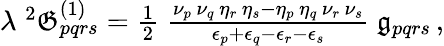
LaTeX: \begin{array}{r}{\lambda\; ^{2}\mathfrak{G}_{pqrs}^{(1)}=\frac{1}{2}\; \frac{\nu_{p}\, \nu_{q}\, \eta_{r}\, \eta_{s}-\eta_{p}\, \eta_{q}\, \nu_{r}\, \nu_{s}}{\epsilon_{p}+\epsilon_{q}-\epsilon_{r}-\epsilon_{s}}\; \mathfrak{g}_{pqrs}\, ,}\end{array}